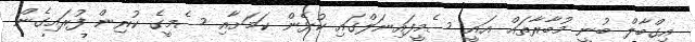
އިގްބާލް ބުނީ މުބާރާތައް އައީ ސެމީފައިނަލްގައި ކުޅެން ކަމަށާއި ސެމީގެ ކުރިން ފުރައިގެން